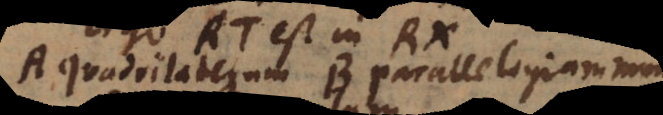
A quadrilaterum B parallelogrammum